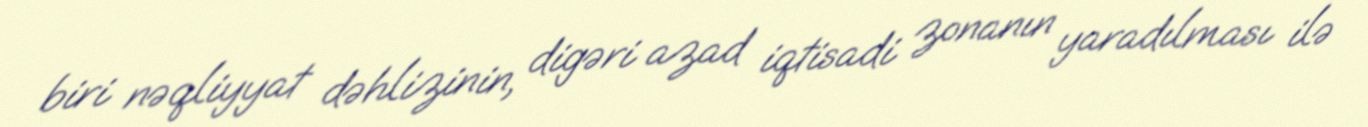
biri nəqliyyat dəhlizinin, digəri azad iqtisadi zonanın yaradılması ilə